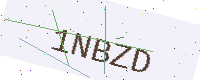
Text: 1NBZD